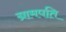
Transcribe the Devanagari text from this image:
ग्रामपति